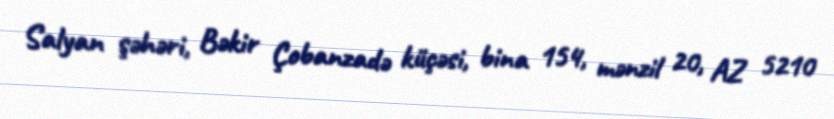
Salyan şəhəri, Bəkir Çobanzadə küçəsi, bina 154, mənzil 20, AZ 5210